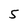
Character: 5